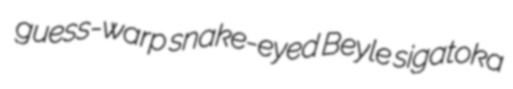
guess-warp snake-eyed Beyle sigatoka